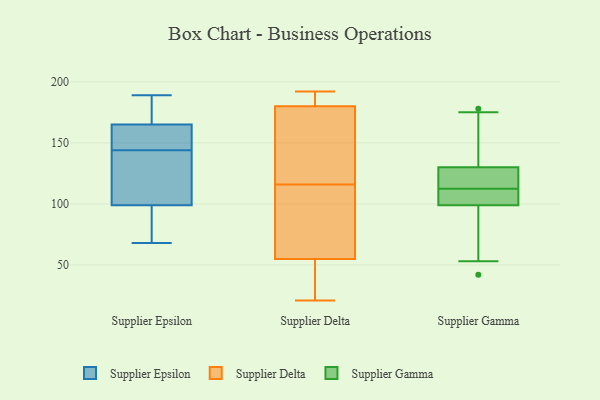
{"axis": {"x": "Bounce Rate (%)", "y": "Value"}, "legend": ["Supplier Delta", "Supplier Epsilon", "Supplier Gamma"], "data": [{"x": "", "y": 90, "type": "Supplier Epsilon"}, {"x": "", "y": 147, "type": "Supplier Epsilon"}, {"x": "", "y": 143, "type": "Supplier Epsilon"}, {"x": "", "y": 68, "type": "Supplier Epsilon"}, {"x": "", "y": 171, "type": "Supplier Epsilon"}, {"x": "", "y": 102, "type": "Supplier Epsilon"}, {"x": "", "y": 179, "type": "Supplier Epsilon"}, {"x": "", "y": 147, "type": "Supplier Epsilon"}, {"x": "", "y": 144, "type": "Supplier Epsilon"}, {"x": "", "y": 189, "type": "Supplier Epsilon"}, {"x": "", "y": 98, "type": "Supplier Epsilon"}, {"x": "", "y": 38, "type": "Supplier Delta"}, {"x": "", "y": 116, "type": "Supplier Delta"}, {"x": "", "y": 21, "type": "Supplier Delta"}, {"x": "", "y": 182, "type": "Supplier Delta"}, {"x": "", "y": 62, "type": "Supplier Delta"}, {"x": "", "y": 178, "type": "Supplier Delta"}, {"x": "", "y": 191, "type": "Supplier Delta"}, {"x": "", "y": 74, "type": "Supplier Delta"}, {"x": "", "y": 48, "type": "Supplier Delta"}, {"x": "", "y": 116, "type": "Supplier Delta"}, {"x": "", "y": 192, "type": "Supplier Delta"}, {"x": "", "y": 121, "type": "Supplier Delta"}, {"x": "", "y": 100, "type": "Supplier Delta"}, {"x": "", "y": 189, "type": "Supplier Delta"}, {"x": "", "y": 33, "type": "Supplier Delta"}, {"x": "", "y": 164, "type": "Supplier Delta"}, {"x": "", "y": 109, "type": "Supplier Gamma"}, {"x": "", "y": 130, "type": "Supplier Gamma"}, {"x": "", "y": 178, "type": "Supplier Gamma"}, {"x": "", "y": 120, "type": "Supplier Gamma"}, {"x": "", "y": 160, "type": "Supplier Gamma"}, {"x": "", "y": 175, "type": "Supplier Gamma"}, {"x": "", "y": 53, "type": "Supplier Gamma"}, {"x": "", "y": 113, "type": "Supplier Gamma"}, {"x": "", "y": 104, "type": "Supplier Gamma"}, {"x": "", "y": 118, "type": "Supplier Gamma"}, {"x": "", "y": 60, "type": "Supplier Gamma"}, {"x": "", "y": 42, "type": "Supplier Gamma"}, {"x": "", "y": 112, "type": "Supplier Gamma"}, {"x": "", "y": 99, "type": "Supplier Gamma"}]}